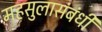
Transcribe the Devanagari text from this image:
महसुलासंबंधी